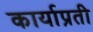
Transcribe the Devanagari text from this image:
कार्याप्रती